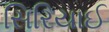
સિરિયાઈ